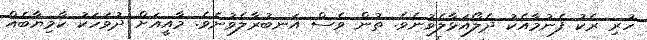
ހުރި ރެކު ފެނުމާއެކު ދެލޯއަޅާލެވުނެވެ. ތުން ވެސް އަނބުރާލެވުނެވެ. މާއީއަށް ދުވަހަކު ކާމިޔާބެއް